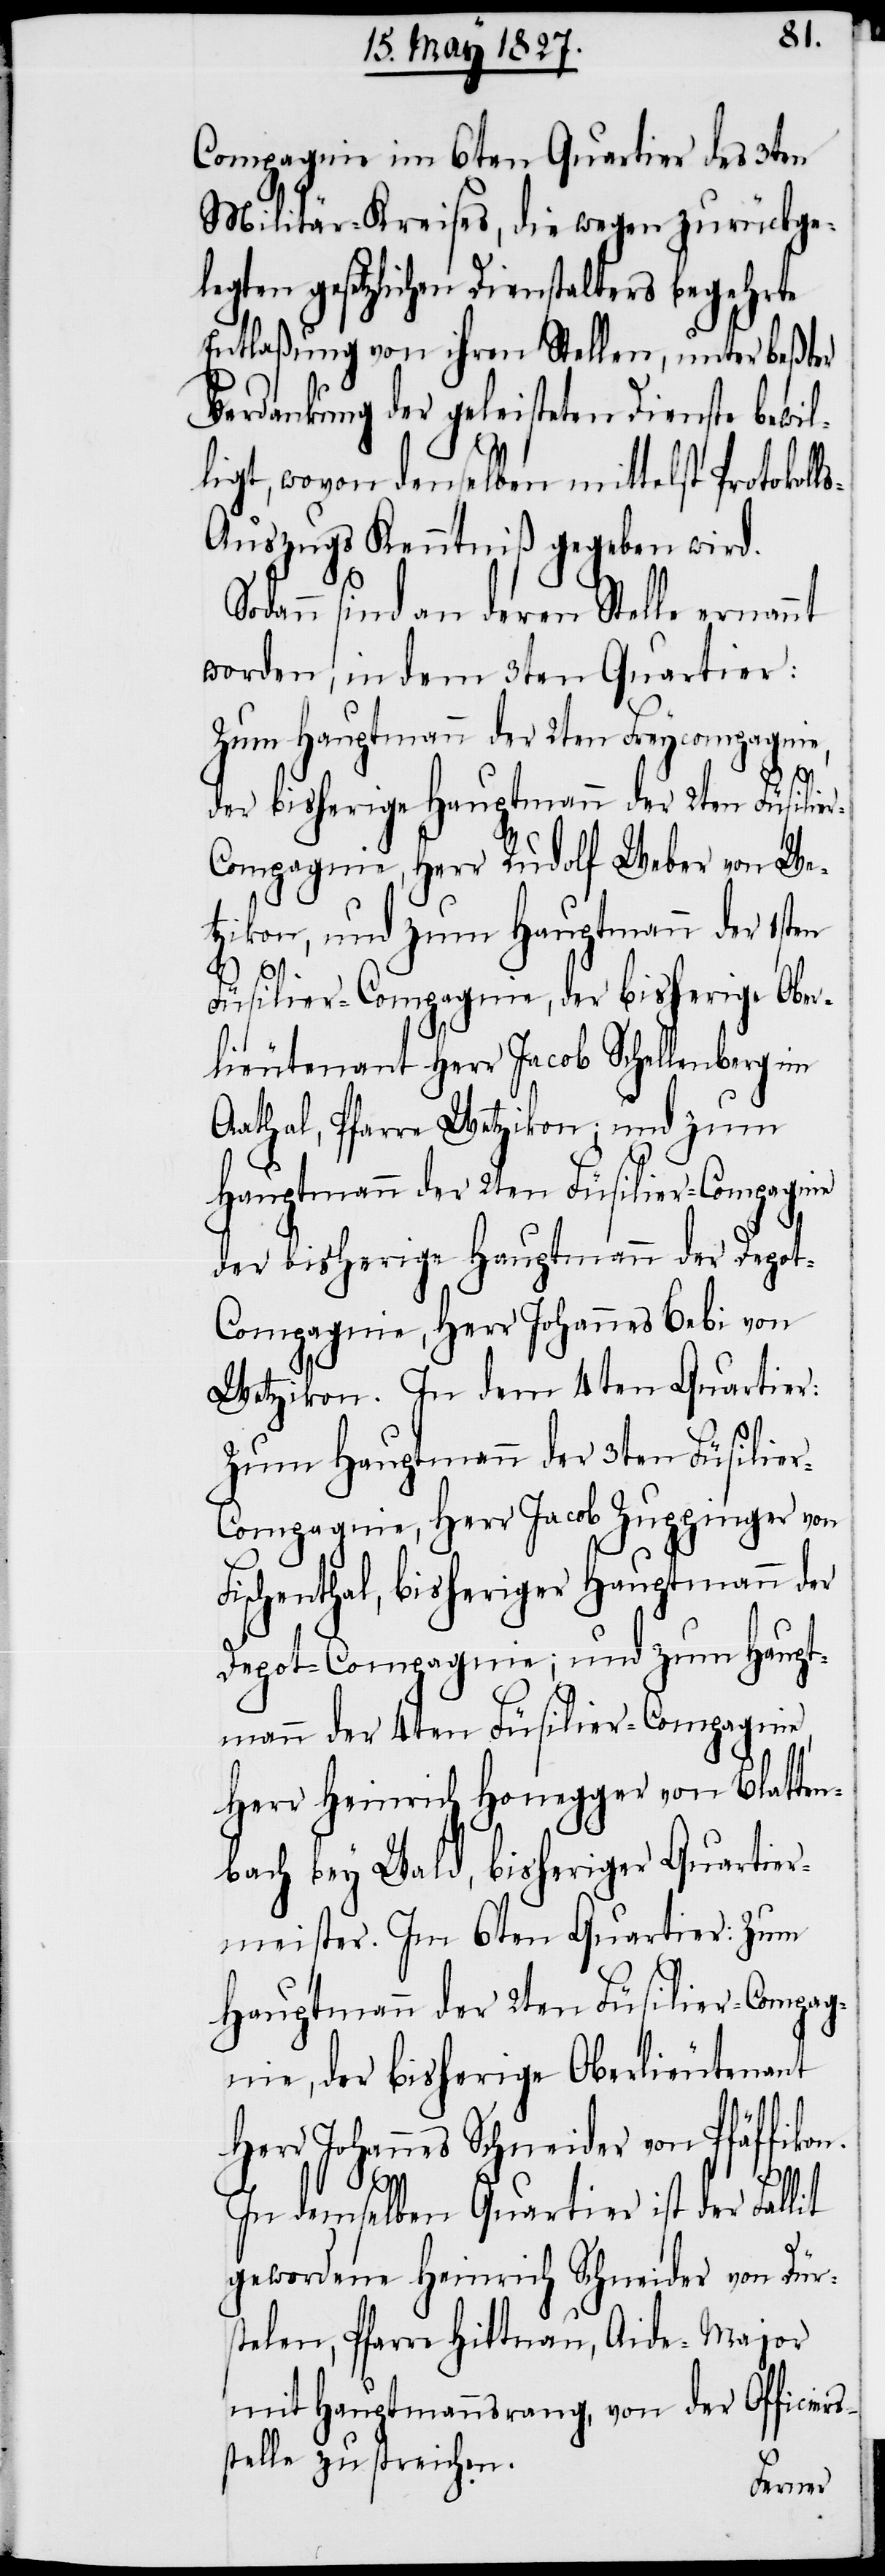
Compagnie im 6ten Quartier des 3ten
Militär-Kreises, die wegen zurückge¬
legten gesetzlichen Dienstalters begehrte
Entlaßung von ihren Stellen, unter beßter
Verdankung der geleisteten Dienste bewil¬
ligt, wovon denselben mittelst Protokoll¬
s-Auszugs Kenntniß gegeben wird.
Sodann sind an deren Stelle ernannt
worden, in dem 3ten Quartier:
Zum Hauptmann der 2ten Freycompagnie,
der bisherige Hauptmann der 2ten Füsilie¬
r-Compagnie, Herr Rudolf Weber von We¬
tzikon, und zum Hauptmann der 1sten
Füsilier-Compagnie, der bisherige Ober¬
lieutenant Herr Jacob Schellenberg im
Aathal, Pfarre Wetzikon; und zum
Hauptmann der 2ten Füsilier-Compagnie
der bisherige Hauptmann der Depo¬
t-Compagnie, Herr Johannes Bebi von
Wetzikon. In dem 4ten Quartier:
Zum Hauptmann der 3ten Füsilie¬
r-Compagnie, Herr Jacob Zuppinger von
Fischenthal, bisheriger Hauptmann der
Depot-Compagnie; und zum Haupt¬
mann der 4ten Füsilier-Compagnie,
Herr Heinrich Honegger von Blatten¬
bach bey Wald, bisheriger Quartier¬
meister, Im 6ten Quartier: Zum
Hauptmann der 2ten Füsilier-Compag¬
nie, der bisherige Oberlieutenant
Herr Johannes Schneider von Pfäffikon.
In demselben Quartier ist der Fallit
gewordene Heinrich Schneider von Dürs¬
telen, Pfarre Hittnau, Aide-Major
mit Hauptmannsrang, von der Officiers¬
stelle zu streichen.